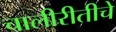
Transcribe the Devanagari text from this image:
चालीरीतीचे